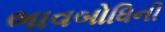
ભાવબોધિની